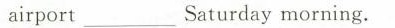
airport___Saturday morning.